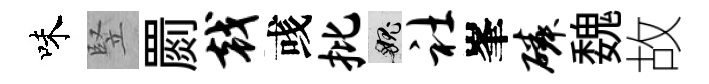
味竪罽戟彧批愧社峯磷魏故